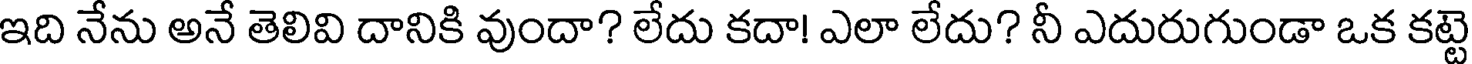
ఇది నేను అనే తెలివి దానికి వుందా? లేదు కదా! ఎలా లేదు? నీ ఎదురుగుండా ఒక కట్టె